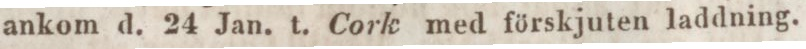
ankom d. 24 Jan. t. Cork med förskjuten laddning.